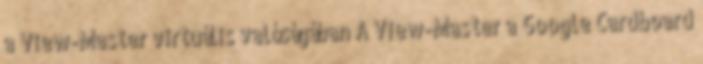
a View-Master virtuális valóságában A View-Master a Google Cardboard